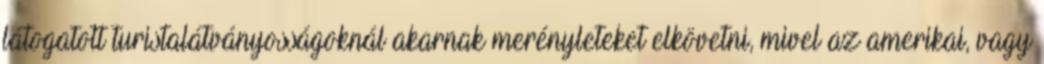
látogatott turistalátványosságoknál akarnak merényleteket elkövetni, mivel az amerikai, vagy